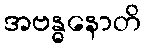
အဗန္ဓနောတိ